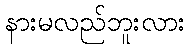
နားမလည်ဘူးလား